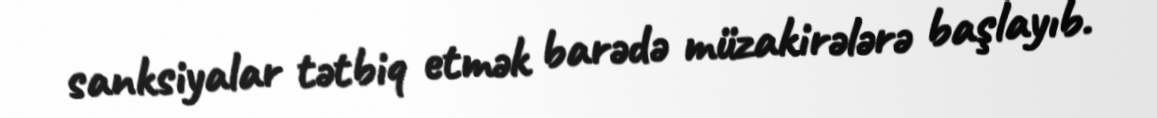
sanksiyalar tətbiq etmək barədə müzakirələrə başlayıb.